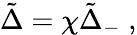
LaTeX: \tilde{\Delta}=\chi{\tilde{\Delta}}_{-}\; ,